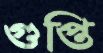
গুপ্তি